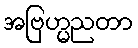
အဗြဟ္မညတာ